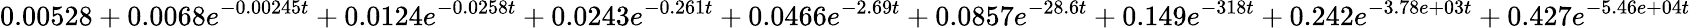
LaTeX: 0.00528+0.0068e^{-0.00245t}+0.0124e^{-0.0258t}+0.0243e^{-0.261t}+0.0466e^{-2.69t}+0.0857e^{-28.6t}+0.149e^{-318t}+0.242e^{-3.78e+03t}+0.427e^{-5.46e+04t}